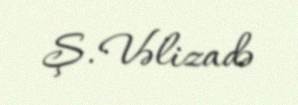
Ş. Vəlizadə